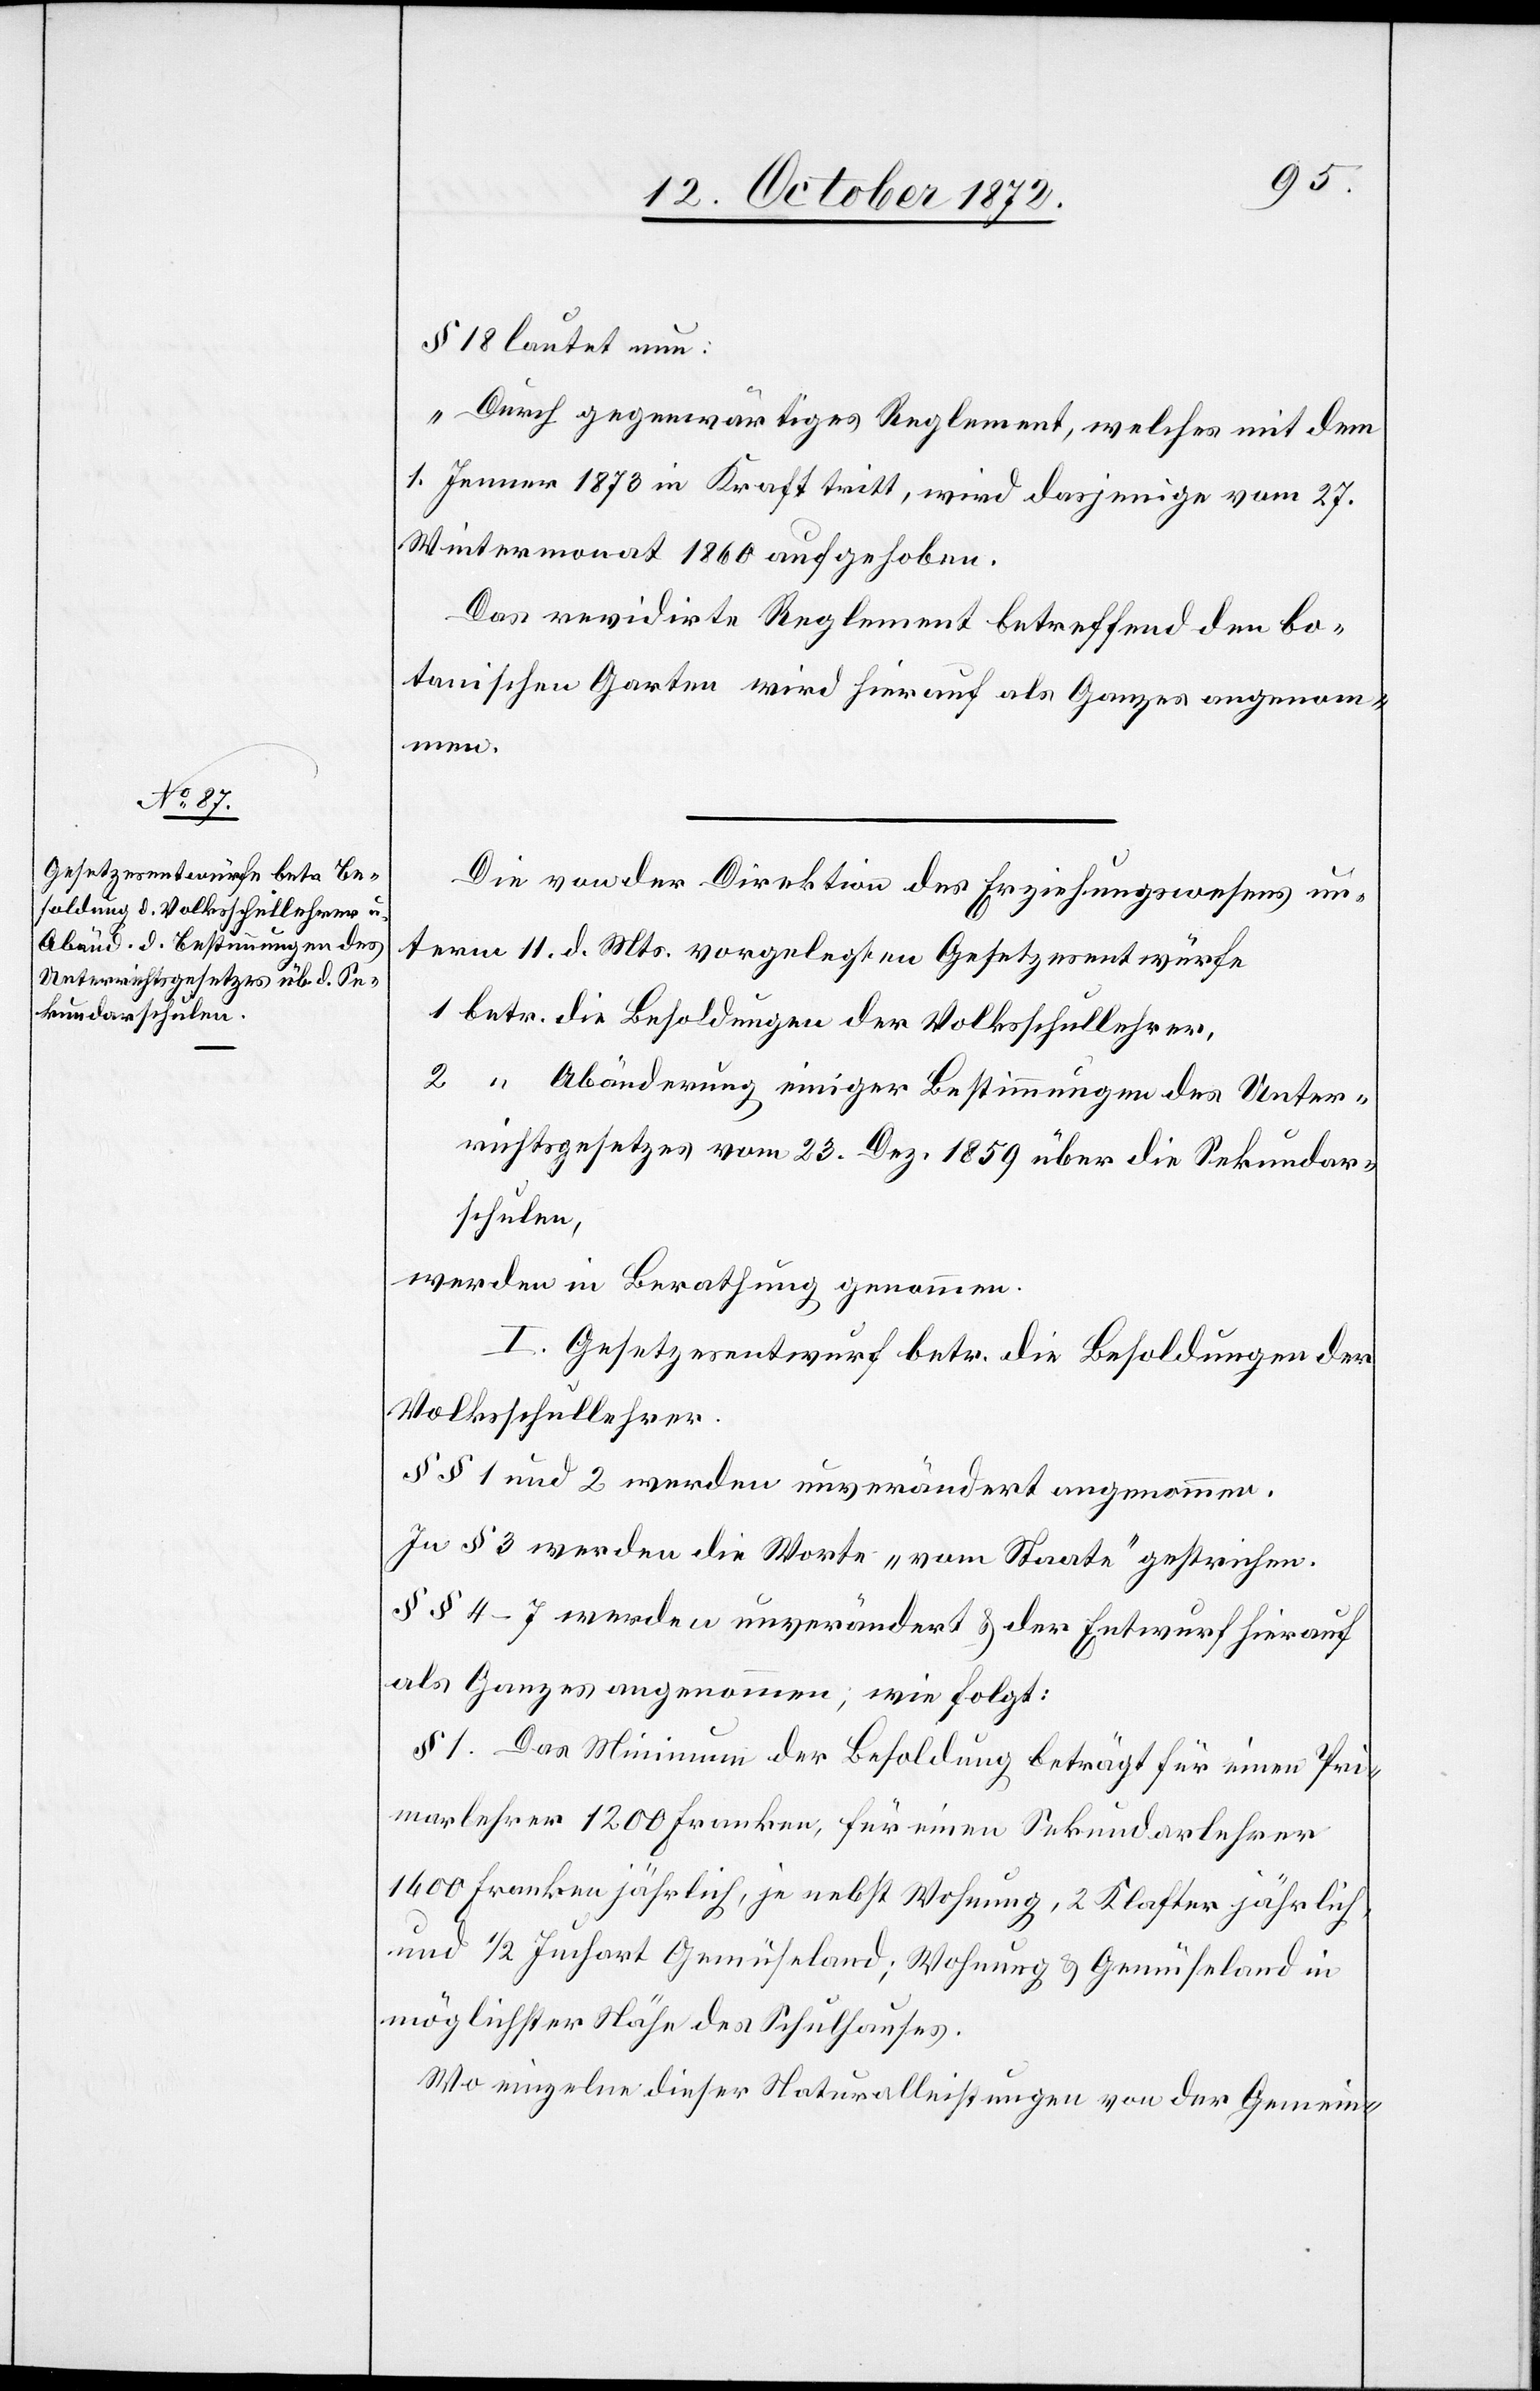
§ 18 lautet nun:
„Durch gegenwärtiges Reglement, welches mit dem
1. Jenner 1873 in Kraft tritt, wird dasjenige vom 27.
Wintermonat 1860 aufgehoben.
Das revidirte Reglement betreffend den bo¬
tanischen Garten wird hierauf als Ganzes angenom¬
men.
Die von der Direktion des Erziehungswesens un¬
term 11. d. Mts. vorgelegten Gesetzesentwürfe
1 betr. die Besoldungen der Volksschullehrer,
2 “ Abänderung einiger Bestimmungen des Unter¬
richtsgesetzes vom 23. Dez. 1859 über die Sekundar¬
schulen,
werden in Berathung genommen.
I. Gesetzesentwurf betr. die Besoldungen der
Volksschullehrer.
§§ 1 und 2 werden unverändert angenommen.
In § 3 werden die Worte „vom Staate“ gestrichen.
§§ 4–7 werden unverändert u. der Entwurf hierauf
als Ganzes angenommen, wie folgt:
§ 1. Das Minimum der Besoldung beträgt für einen Pri¬
marlehrer 1200 Franken, für einen Sekundarlehrer
1400 Franken jährlich, je nebst Wohnung, 2 Klafter jährlich,
und 1/2 Juchart Gemüseland; Wohnung u. Gemüseland in
möglichster Nähe des Schulhauses.
Wo einzelne dieser Naturalleitungen von der Gemein-